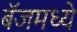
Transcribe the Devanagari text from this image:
बॅजमध्ये